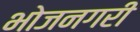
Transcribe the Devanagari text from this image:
भोजनगरी